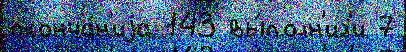
оконча́н'иjа 143 вы́полн'ил'и 7